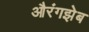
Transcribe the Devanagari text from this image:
औरंगझेब